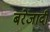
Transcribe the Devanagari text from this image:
बरेजादी